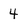
Character: 4